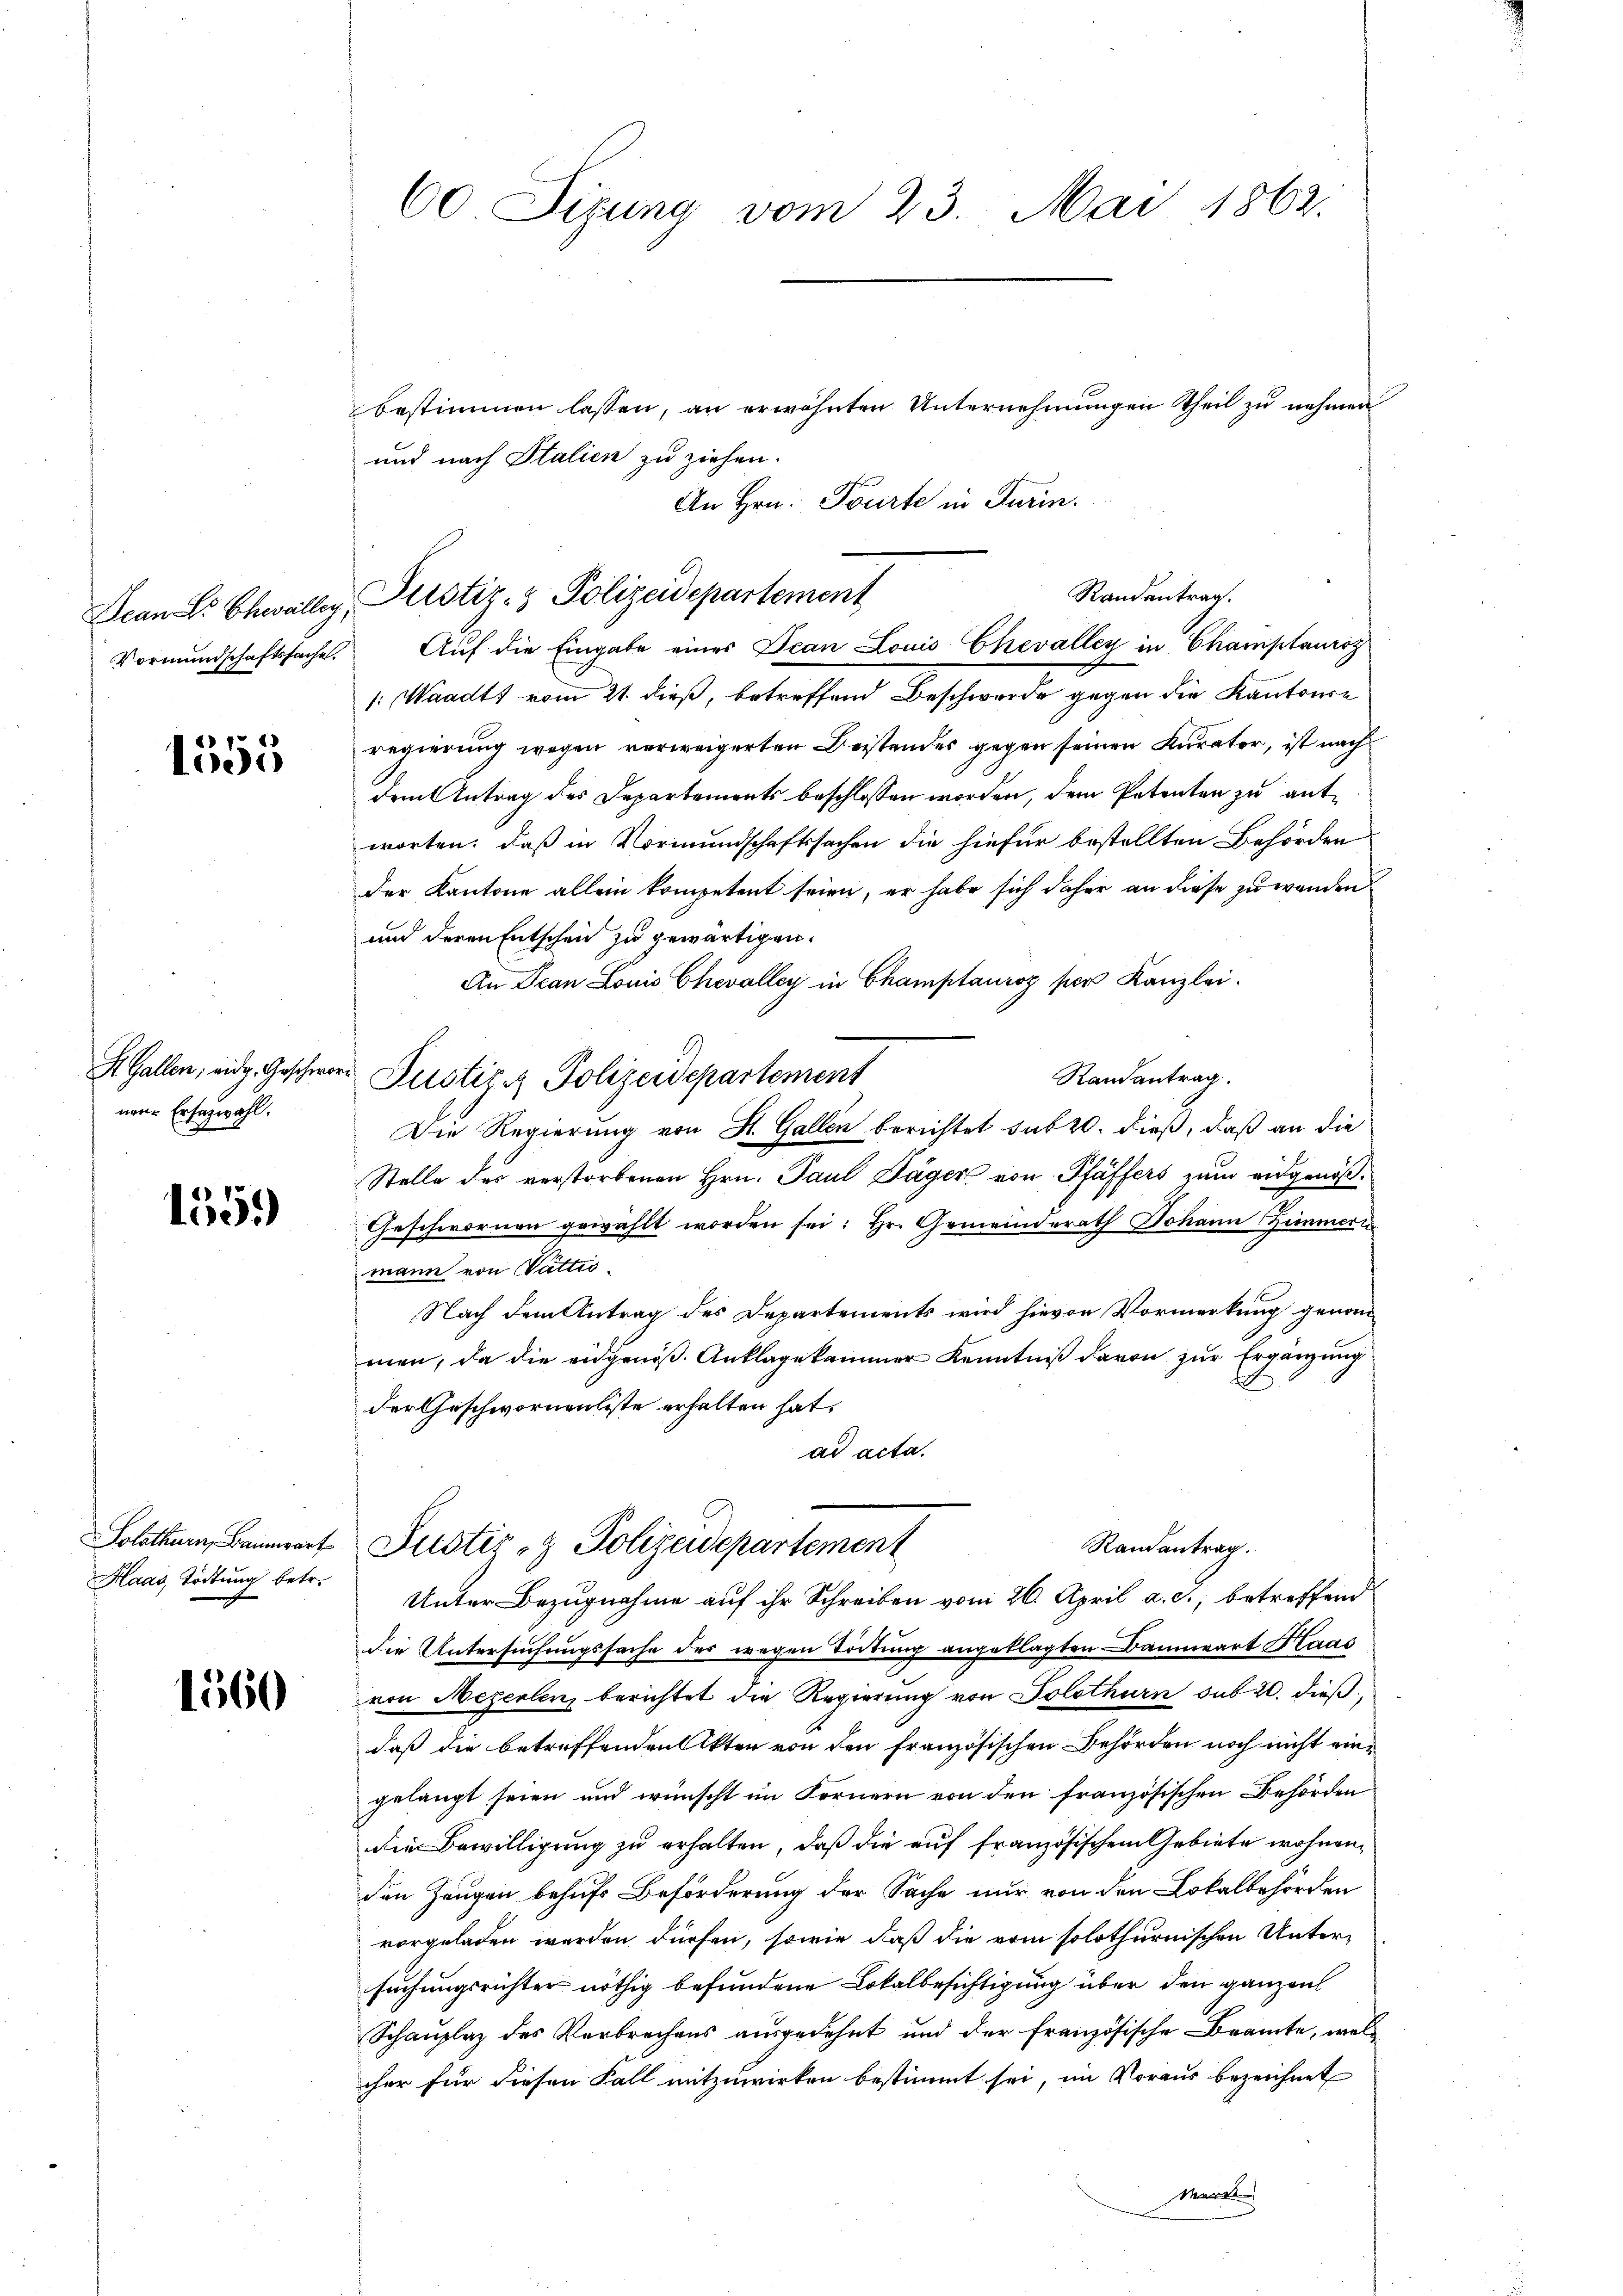
Dcan Sr. Chwalley,
Vormundschaftssache.

1555

S. Gallen; eidg. Geschwer
nene Ersezwahl.

1359)

oatten, Bannwart
Haas, Tödtung betr.

1560

60 Sizung vom 23. Mai 1863.

bestimmen lassen, an erwähnten Unternehmungen Theil zu nehmen
und nach Italien zu ziehen.
An Hrn. Tourte in Turin.
Auf die Eingabe einer Jean Louis Chevalley in Champtauroz
1: Waadt vom 21. dieß, betreffend Beschwerde gegen die Kantonse
regierung wegen verweigerten Beistendes gegen seinen Kurator, ist nach
dem Antrag des Departements beschlossen worden, dem Petenten zu entworten, daß in Vormundschaftssachen die hiefür bestellten Behörden
der Kantone allein kompetent seien, er habe sich daher an diese zu wenden
und deren Entschein zu gewärtigen.
An Dean Louis Chevalley in Champtauroz per Kanzlei.
Randantrag.
Justiz & Polizeidepartement
Die Regierung von St. Gallen berichtet sub 20. dieß, daß an die
Stelle des verstorbenen Hrn. Paul Däger von Pfäffers zum eidgenöße
Geschwornen gewählt worden sei: Hr. Gemeinderath Johann Zimmern
mann von Vattis¬
Nach dem Antrag des Departements wird hievon Vormerkung genommen, da die eidgenöß. Anklage kammer Kenntniß davon zur Ergänzung
der Geschwornenliste erhalten hat.
ad acta.
Randantrag.
Justiz- & Polizeidepartement
Unter Bezugnahme auf ihr Schreiben vom 26. April a. c., betreffend
die Untersuchungssache des wegen Tödtung angeklagten Bannwart Haas
von Mezerlen, berichtet die Regierung von Solothurn sub 20. dießdaß die betreffenden Akten von den französischen Behörden noch nicht eingelangt seien und wünscht im Fernern von den französischen Behörden
die Bewilligung zu erhalten, daß die auf französischem Gebiete wohnen,
den Zeugen behufs Beförderung der Sache nur von den Lokalbehörden
vorgeladen werden dürfen, sowie daß die vom solothurnischen Untersuchungsrichter nöthig befundene Lokalbesichtigung über den ganzen
Schauplaz des Verbrechens ausgedehnt und der Französische Beamte, welcher für diesen Fall mitzuwirken bestimmt sei, im Voraus bezeichnet
Markt

Randantrag.
Justiz- & Polizeidepartement